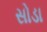
સોડા